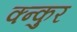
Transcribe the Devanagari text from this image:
क्न्कुर